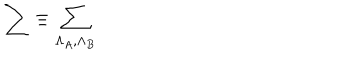
LaTeX: \sum \equiv \sum _ { \Lambda _ { A } , \Lambda _ { B } }